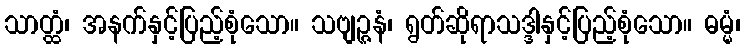
သာတ္ထံ၊ အနက်နှင့်ပြည့်စုံသော။ သဗျဉ္ဇနံ၊ ရွတ်ဆိုရာသဒ္ဒါနှင့်ပြည့်စုံသော။ ဓမ္မံ၊